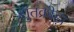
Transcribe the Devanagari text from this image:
द्युतक्रीड़ा